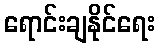
ရောင်းချနိုင်ရေး